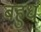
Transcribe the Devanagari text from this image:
बहुध